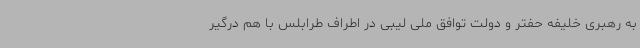
به رهبری خلیفه حفتر و دولت توافق ملی لیبی در اطراف طرابلس با هم درگیر